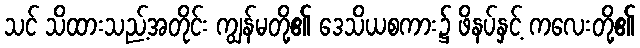
သင် သိထားသည့်အတိုင်း ကျွန်မတို့၏ ဒေသိယစကား၌ ဖိနပ်နှင့် ကလေးတို့၏